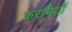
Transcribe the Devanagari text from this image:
करमियों